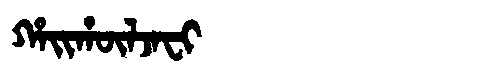
Manchu: ᡥᠠᡳᡥᡡᠯᠵᠠᠸᡳ
Romanization: HAIHŪLJAFI